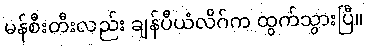
မန်စီးတီးလည်း ချန်ပီယံလိဂ်က ထွက်သွားပြီ။